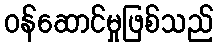
ဝန်ဆောင်မှုဖြစ်သည်